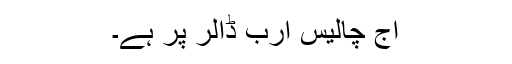
آج چالیس ارب ڈالر پر ہے۔